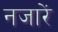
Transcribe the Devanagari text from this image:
नजारें